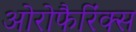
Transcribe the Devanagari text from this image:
ओरोफैरिंक्स